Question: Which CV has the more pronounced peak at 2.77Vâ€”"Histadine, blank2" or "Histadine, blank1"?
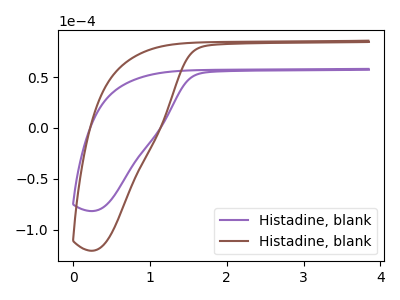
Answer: <think>The purple curve "Histadine, blank1" has no peaks. The brown curve "Histadine, blank2" has no peaks.</think>
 <answer>"Histadine, blank2" and "Histadine, blank1" dont share a peak at 2.77V.</answer>
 <eval>mismatch</eval>